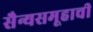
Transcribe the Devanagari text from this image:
सैन्यसमूहाची